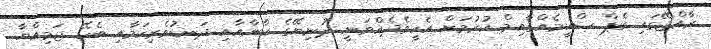
ރާއްޖޭގައި ގެޕް ސްކީމެއްޤާއިމް ކުރުމަށް އެހީވެދެއްވަނީ ދުނިޔޭގެ ކާނާއާއި ދަނޑުވެރިކަމާއި ބެހޭ ޖަމިއްޔާ